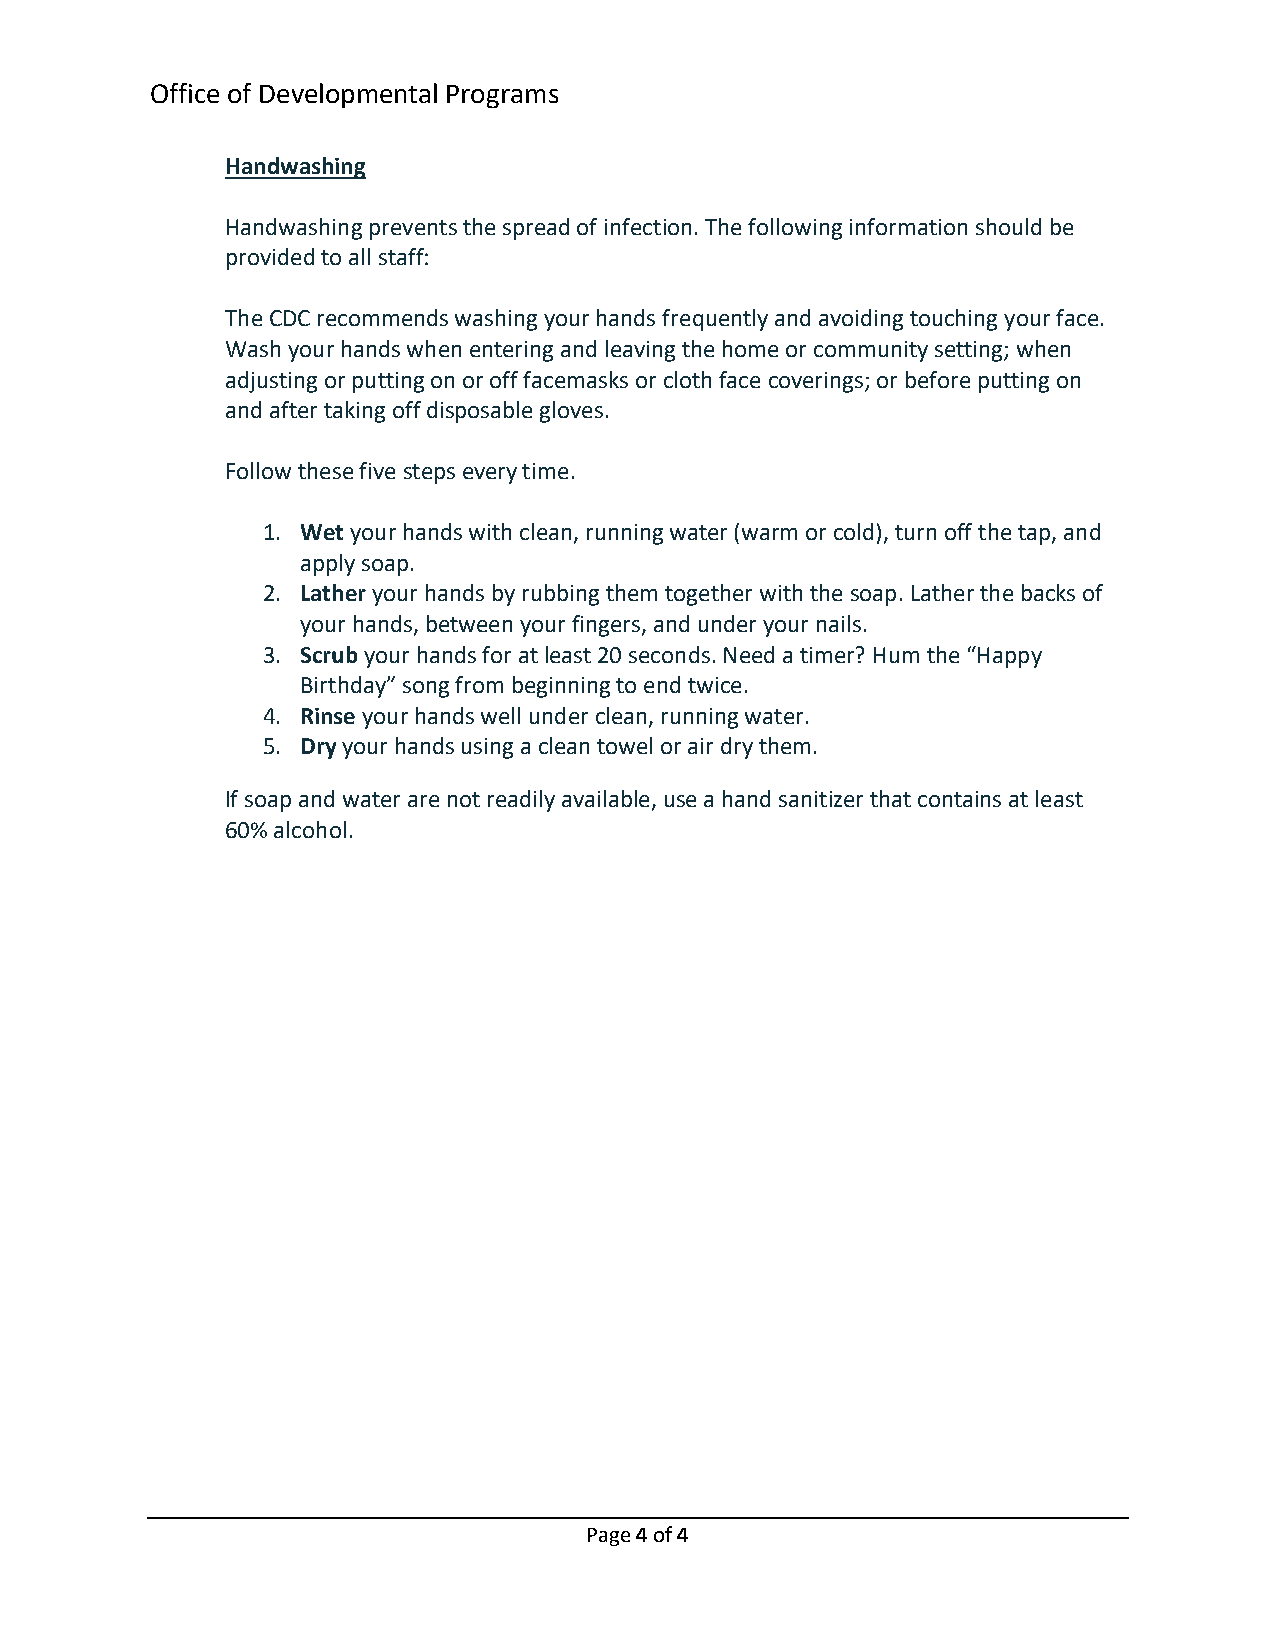
Office of Developmental Programs
 Handwashing
 Handwashing prevents the spread of infection. The following information should be
 provided to all staff:
 The CDC recommends washing your hands frequently and avoiding touching your face.
 Wash your hands when entering and leaving the home or community setting; when
 adjusting or putting on or off facemasks or cloth face coverings; or before putting on
 and after taking off disposable gloves.
 Follow these five steps every time.
 1. Wet your hands with clean, running water (warm or cold), turn off the tap, and
 apply soap.
 2. Lather your hands by rubbing them together with the soap. Lather the backs of
 your hands, between your fingers, and under your nails.
 3. Scrub your hands for at least 20 seconds. Need a timer? Hum the “Happy
 Birthday” song from beginning to end twice.
 4. Rinse your hands well under clean, running water.
 5. Dry your hands using a clean towel or air dry them.
 If soap and water are not readily available, use a hand sanitizer that contains at least
 60% alcohol.
 Page 4 of 4